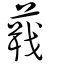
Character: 蕺